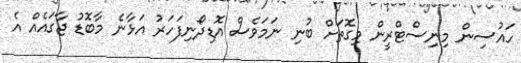
ހައުސިން މިނިސްޓްރީން މިގޮތަށް ބުނި ނަމަވެސް އޮޑިދޯނިފަހަރު އަޅާނެ މާބޮޑު ޖާގައެއް އެ